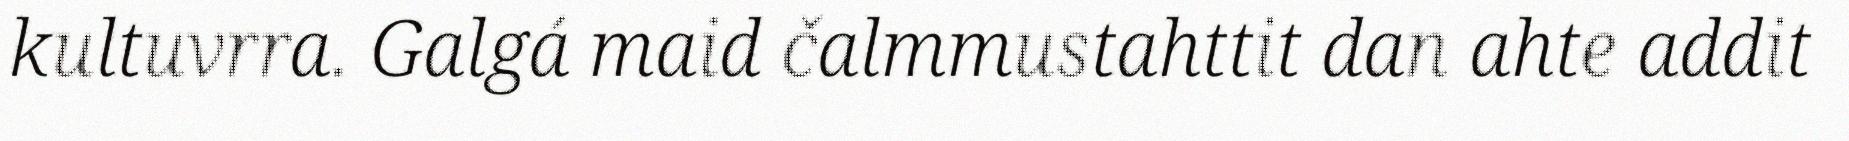
kultuvrra. Galgá maid čalmmustahttit dan ahte addit